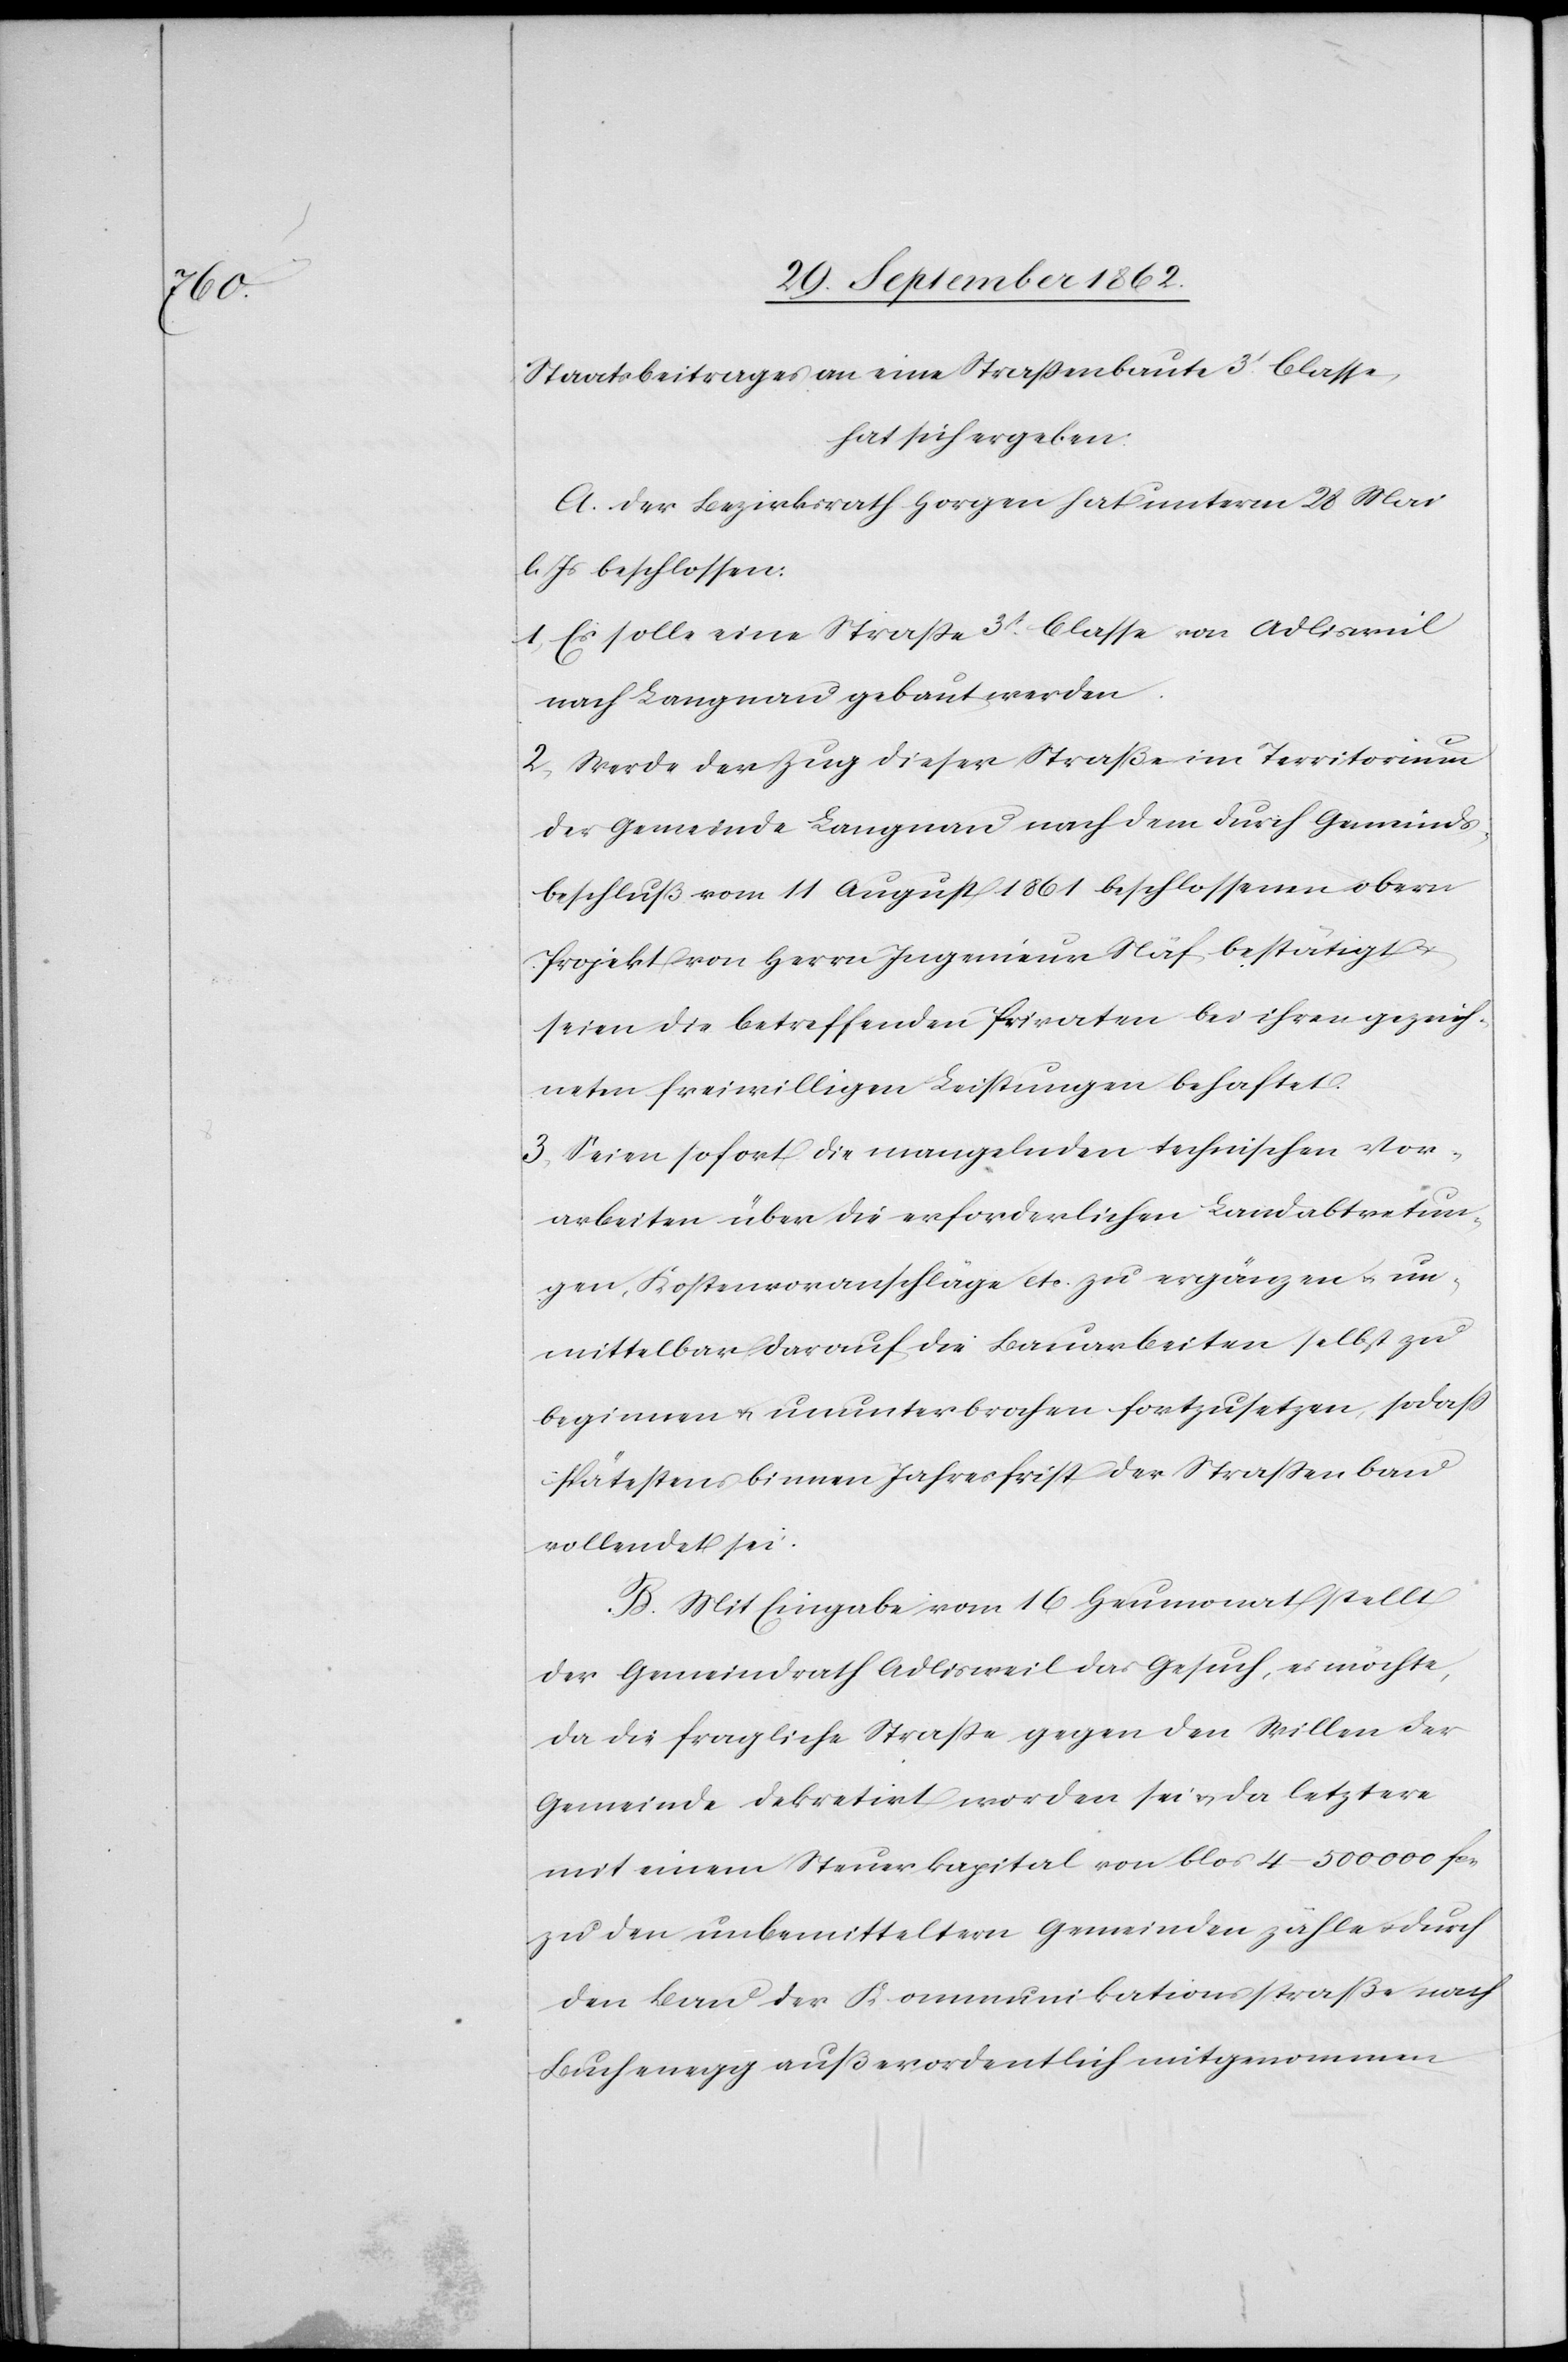
Staatsbeitrages an eine Straßenbaute 3t Classe,
hat sich ergeben:
A. Der Bezirksrath Horgen hat unterm 28. Mai
l. Js. beschlossen:
1. Es solle eine Straße 3t Classe von Adlisweil
nach Langnau gebaut werden.
2. Werde der Zug dieser Straße im Territorium
der Gemeinde Langnau nach dem durch Gemeinds¬
beschluß vom 11. August 1861 beschlossenen obern
Projekt von Herrn Ingenieur Näf bestätigt u.
seien die betreffenden Privaten bei ihren gezeich¬
neten freiwilligen Leistungen behaftet.
3. Seien sofort die mangelnden technischen Vor¬
arbeiten über die erforderlichen Landabtretun¬
gen, Kostenvoranschläge etc. zur ergänzen u. un¬
mittelbar darauf die Bauarbeiten selbst zu
beginnen u. ununterbrochen fortzusetzen, so daß
spätestens binnen Jahresfrist der Straßenbau
vollendet sei.
B. Mit Eingabe vom 16. Heumonat stellt
der Gemeindrath Adlisweil das Gesuch, es möchte,
da die fragliche Straße gegen den Willen der
Gemeinde dekretirt worden sei u. da letztere
mit einem Steuerkapital von blos 4–500 000 fcs.
zu den unbemitteltern Gemeinden zähle u. durch
den Bau der Kommunikationsstraße nach
Buchenegg außerordentlich mitgenommen